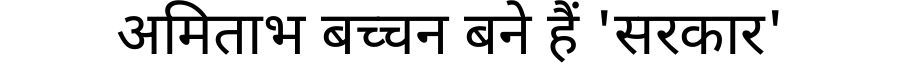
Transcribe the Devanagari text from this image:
अमिताभ बच्चन बने हैं 'सरकार'